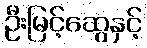
ဦးမြင့်ဆွေနှင့်